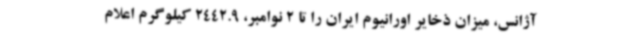
آژانس، میزان ذخایر اورانیوم ایران را تا 2 نوامبر، 2442.9 کیلوگرم اعلام